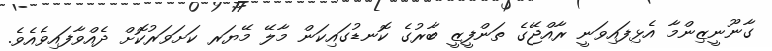
ގާނޫނީޒިންމާ އެޅިފައިވަނީ ރާއްޖޭގެ ތަންފީޒީ ބާރުގެ ކޮނޑުގައިކަން މާލޭ މޭޔަރ ކަށަވަރުކޮށް ދެއްވާފައިވެއެވެ.